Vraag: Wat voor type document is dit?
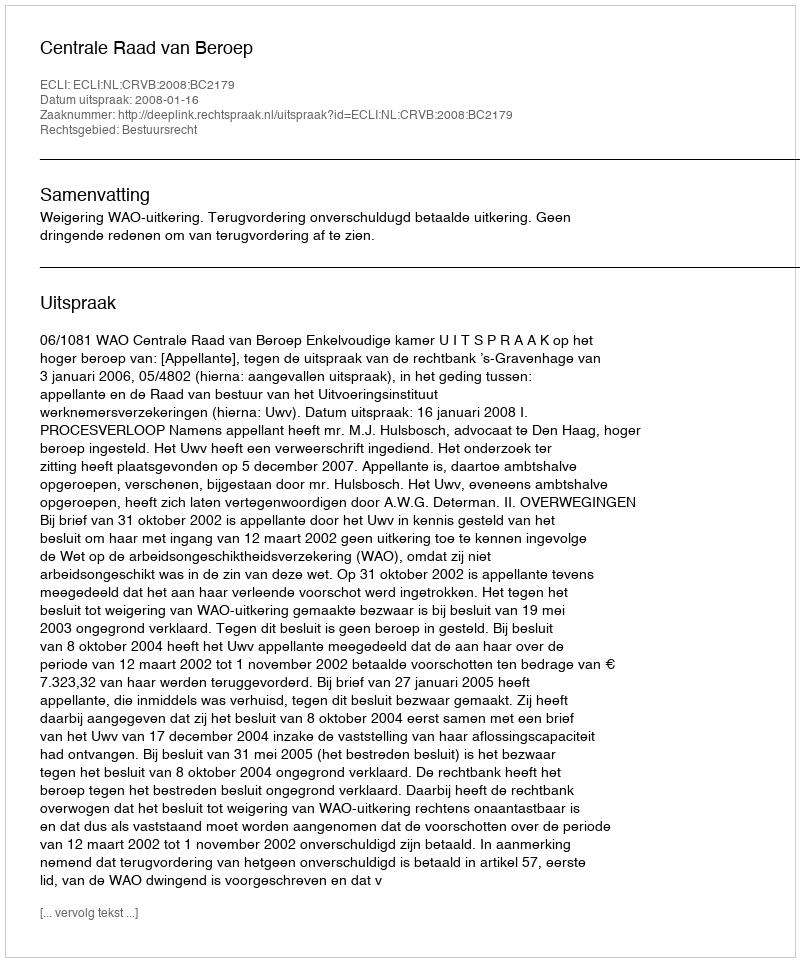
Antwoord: Uitspraak